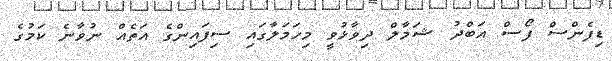
ޑިފެންސް ފޯސް އަބްދު ޝަމާލް ދިވާޅުވީ މިހަމަލާގައި ސިފައިންގެ އަތެއް ނުވާނެ ކަމުގެ